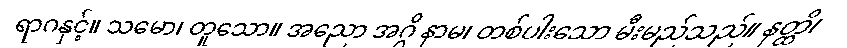
ရာဂနှင့်။ သမော၊ တူသော။ အညော အဂ္ဂိ နာမ၊ တစ်ပါးသော မီးမည်သည်။ နတ္ထိ၊